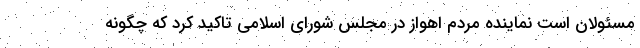
مسئولان است نماینده مردم اهواز در مجلس شورای اسلامی تاکید کرد که چگونه